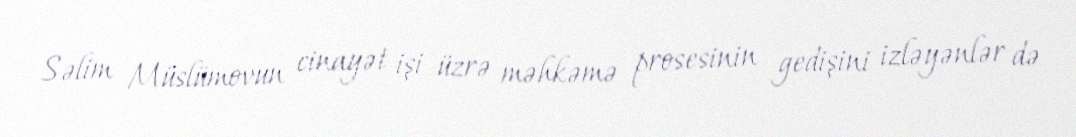
Səlim Müslümovun cinayət işi üzrə məhkəmə prosesinin gedişini izləyənlər də